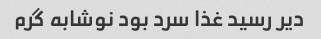
دیر رسید غذا سرد بود نوشابه گرم